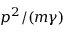
p ^ { 2 } / ( m \gamma )